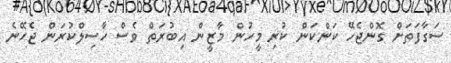
ސަގާފަތަށް ގޮންޖެހޭ ކަންކަން ކުރި މީހުން މާޒީން އިބުރަތް ވެސް ހާސިލްކުރަން ޖެހޭނެ